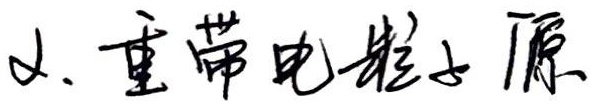
重带电粒子源